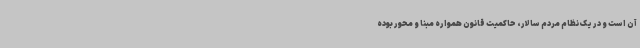
آن است و در یک نظام مردم سالار، حاکمیت قانون همواره مبنا و محور بوده